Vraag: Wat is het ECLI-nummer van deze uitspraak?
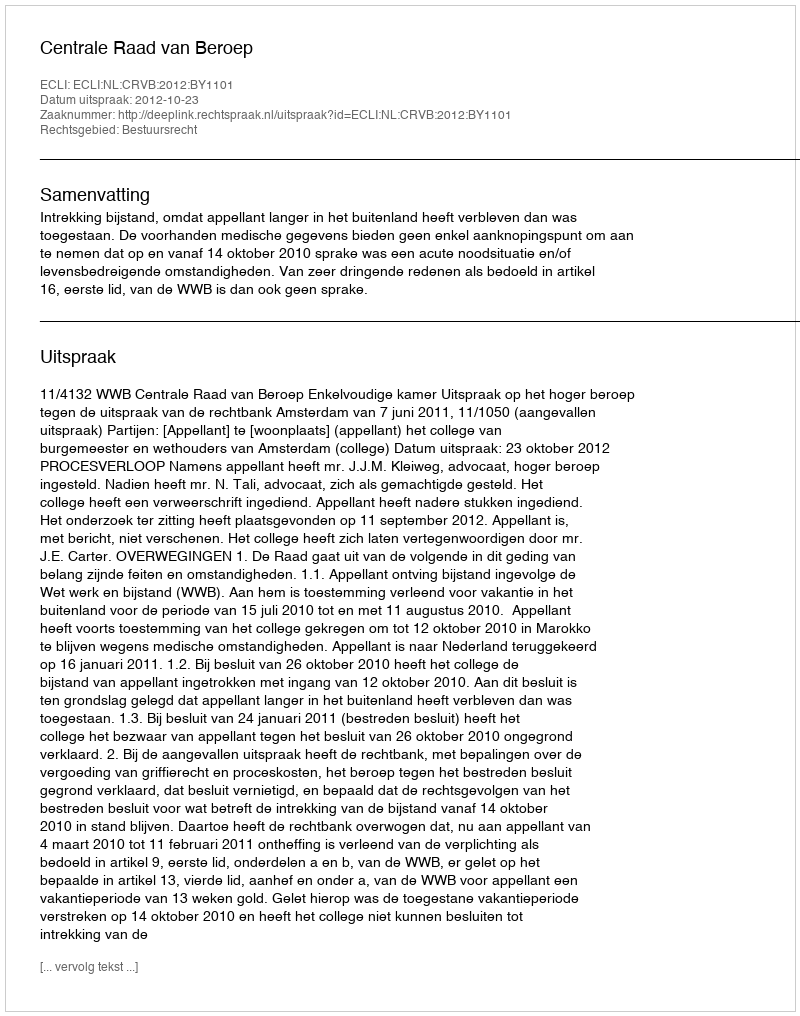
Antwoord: ECLI:NL:CRVB:2012:BY1101